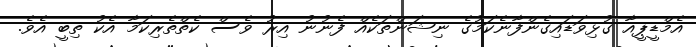
އެމްޑީޕީއާ ގުޅިވަޑައިގެންފާނެކަމުގެ ނިޝަންތަކެއް ފެނުނު އިރު ވެސް ކެތްތެރިކަމާ އެކު ތިބީ އެވެ.